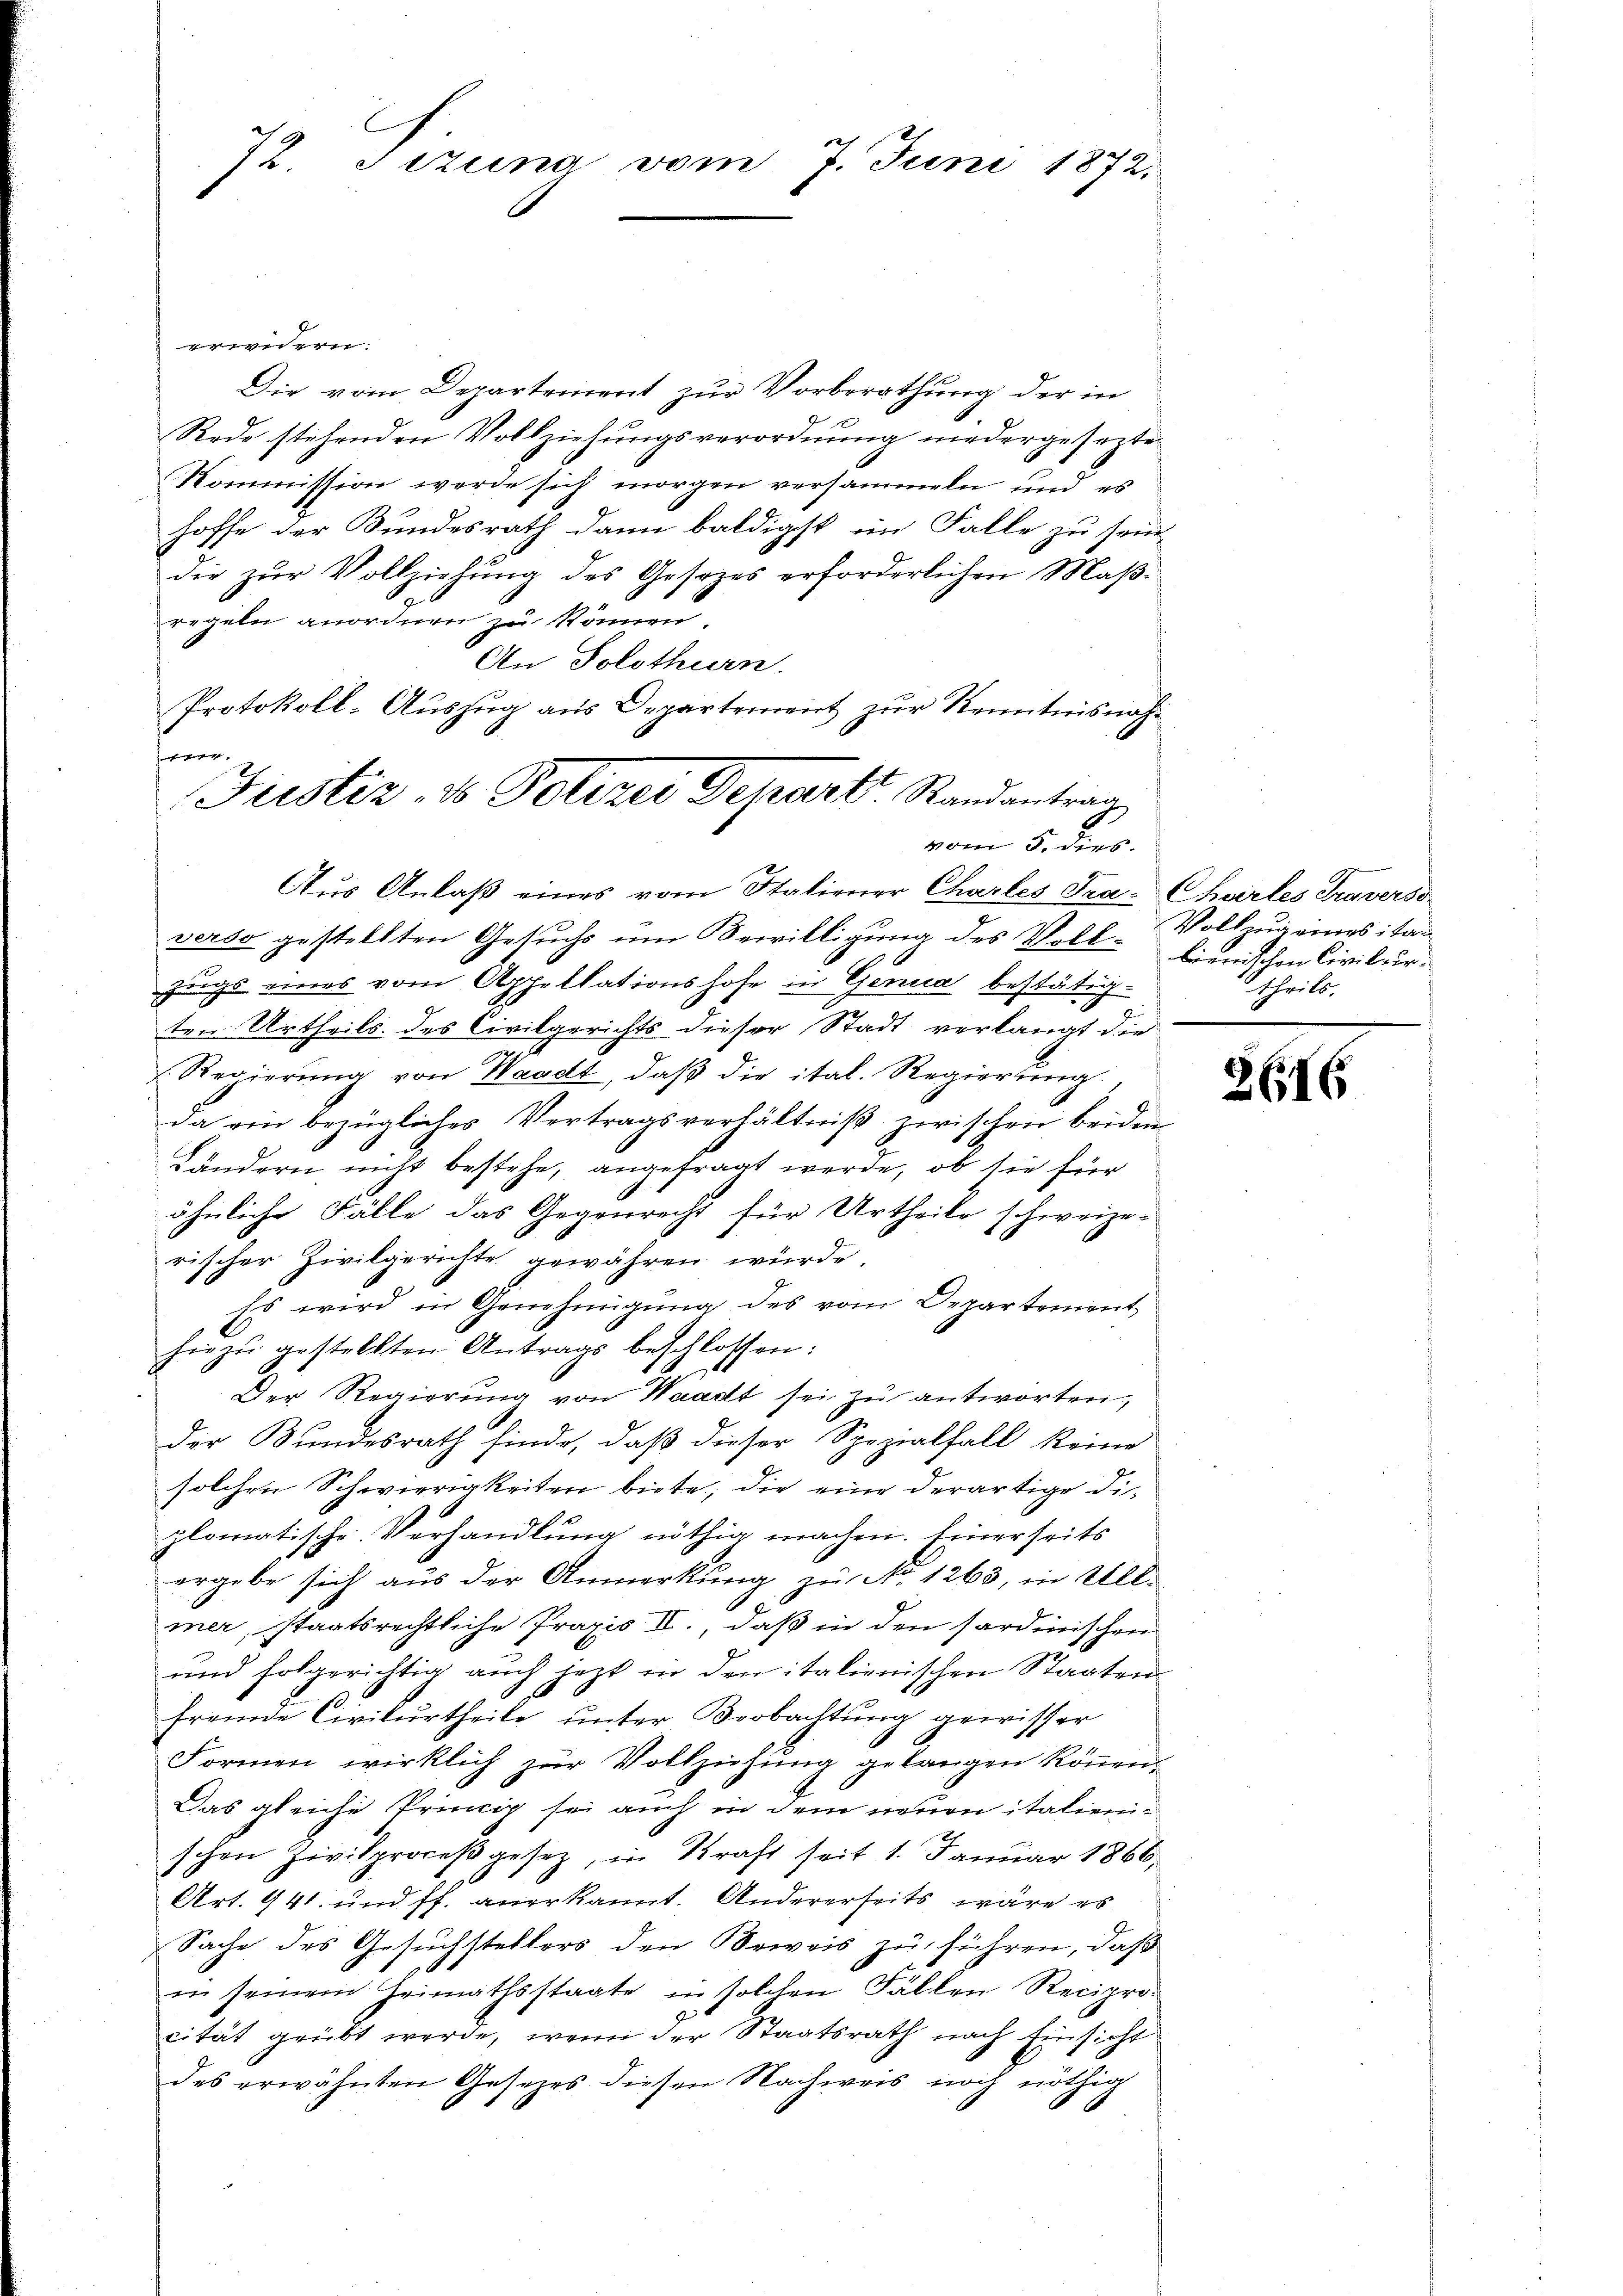
72. Sizung vom 7. Juni 1872.

erweiern.
Die vom Departement zur Vorberathung der in
Rede stehenden Vollziehungsverordnung niedergesezte
Kommission werde sich morgen versammeln und es
hoffe der Bundesrath dann baldigst im Falle zu sei-
die zur Vollziehung des Gesezes erforderlichen Maßregeln anordnen zu können.
An Solothurn.
Protokoll-Auszug aus Departement zur Kenntnisnah¬
 fest
Aus Anlaß eines vom Staliener Charles Tra- Chartes Traverso
verso gestellten Gesuchs um Bewilligung des Voll-
zugs eines vom Appellationshofe in Genua bestätig¬
.
ten Urtheils des Civilgerichts dieser Stadt verlangt die
(Regierŭng von Waadt, daβ die ital. Regierŭng
da ein bezügliches Vertragsverhältniβ zwischen beiden
Ländern nicht bestehe, angefragt werde, ob sie für
ähnliche Fälle das Gegenrecht für Urtheile schweize-
rischer Zivilgerichte gewähren würde.
Es wird in Genehmigŭng des vom Departement
hiezŭ gestellten Antrags beschlossen:
Der Regierung von Waadt sei zu antworten,
der Bundesrath finde, daß dieser Spezialfall keine
solchen Schwierigkeiten biete, die eine derartige Diplomatische Verhandlung nöthig machen. Einerseits
ergebe sich aus der Anmerkung zu No 1263, in Ull-
mer, staatsrechtliche Praxis II., daß in den sardinischen
und folgerichtig auch jetzt in den italienischen Staaten
fremde Civilurtheile unter Beobachtung gewisser
Formen wirklich zur Vollziehung gelangen können,
Das gleiche Princip sei auch in dem neuen italienischen Zivilproceß gesetz, in Kraft seit 1. Januar 1866,
Art. 941 und ff. anerkannt. Andererseits wäre es
Sache des Gesuchstellers den Beweis zu führen, daß
in seinem Heimathsstaate in solchen Fällen Reciprocität geübt werde, wenn der Staatsrath nach Einsicht
des erwähnten Gesetzes diesen Nachweis noch nöthig

Justiz- & Polizei Depart Randantrag

vom 5. dies.

Vollzug eines itan
bienischen Civilur.
theils.

2616